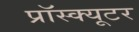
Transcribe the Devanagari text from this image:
प्रॉस्क्यूटर